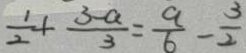
\frac { 1 } { 2 } + \frac { 3 - a } { 3 } = \frac { 9 } { 6 } - \frac { 3 } { 2 }